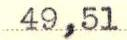
49,51